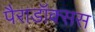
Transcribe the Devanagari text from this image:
पैराडॉक्सस